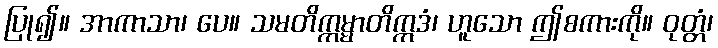
ပြု၍။ အာကာသာ၊ ပေ။ သမတိက္ကမ္မာတိဣဒံ၊ ဟူသော ဤစကားကို။ ဝုတ္တံ၊